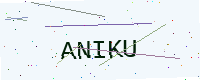
Text: ANIKU